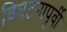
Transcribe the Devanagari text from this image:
विघटनापूर्वी